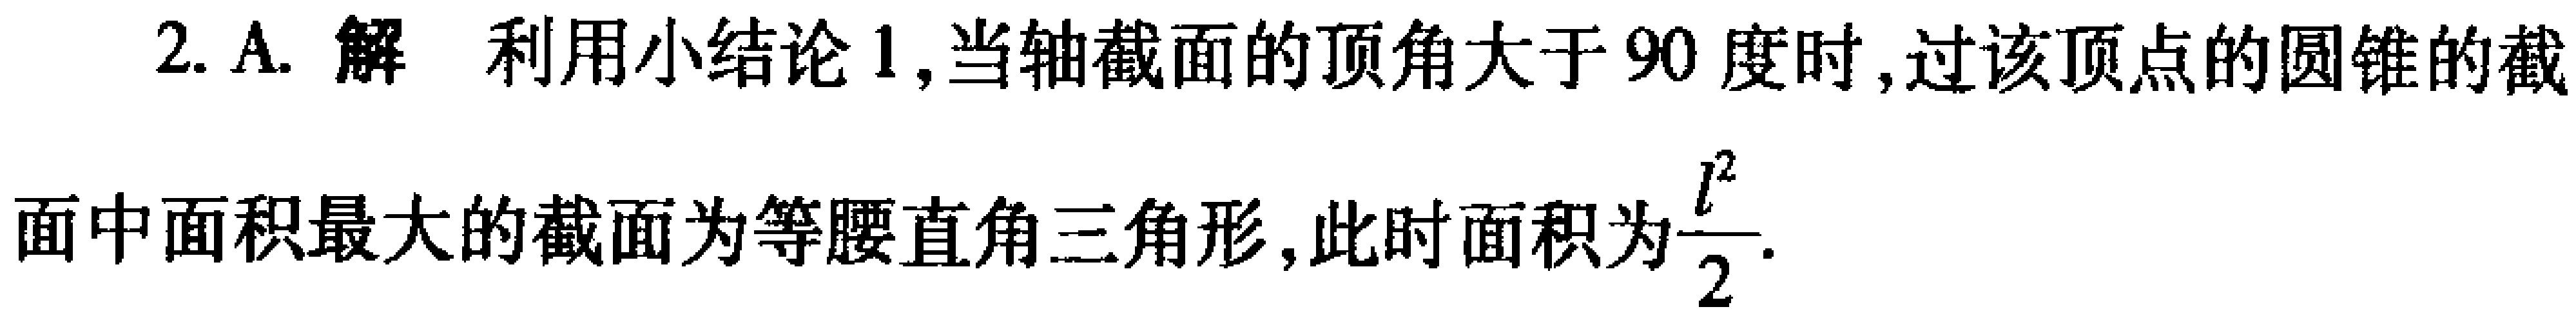
2. A. 解 利用小结论 1,当轴截面的顶角大于 90 度时,过该顶点的圆锥的截面中面积最大的截面为等腰直角三角形,此时面积为$\frac{l^{2}}{2}$.